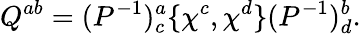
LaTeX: Q^{ab}=(P^{-1})_{c}^{a}\{ \chi^{c},\chi^{d}\} (P^{-1})_{d}^{b}.